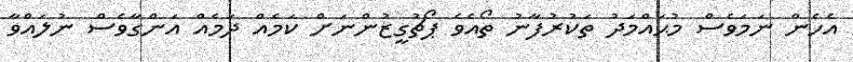
އެހެން ނަމަވެސް މުޙައްމަދު ތަކުރުފާނު ތޯއެވެ ޕޯޗުގީޒުންނަށް ކަމެއް ދަމެއް އަންގާވެސް ނުލައްވާ